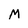
Character: M